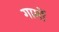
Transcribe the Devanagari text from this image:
गार्मो